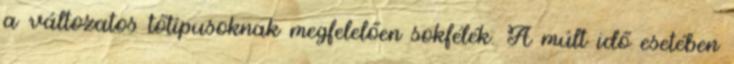
a változatos tőtípusoknak megfelelően sokfélék. A múlt idő esetében